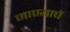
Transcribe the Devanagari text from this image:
जाण्याचें